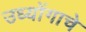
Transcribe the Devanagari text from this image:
उध्योंगाचे